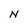
Character: N